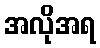
အလိုအရ